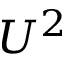
U ^ { 2 }